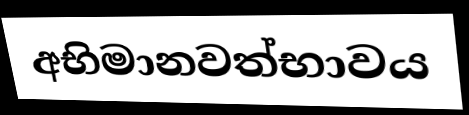
අභිමානවත්භාවය